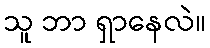
သူ ဘာ ရှာနေလဲ။